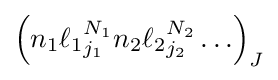
{{\left({n_{1}}{\ell _{1}}_{j_{1}}^{N_{1}}{n_{2}}{\ell _{2}}_{j_{2}}^{N_{2}}\ldots \right)}_{J}}